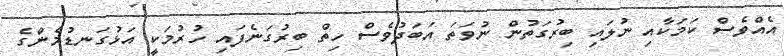
އެެއްވެސް ކަމަކާއި ނުލައި ބިރުގަތުން ނުވަތަަ އަބަދުވެސް ހިތް ބިރުގަނެފައި ހުރުމަކީ އަޅުގަނޑުމެންގެ